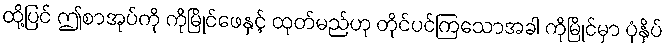
ထို့ပြင် ဤစာအုပ်ကို ကိုမြိုင်ဖေနှင့် ထုတ်မည်ဟု တိုင်ပင်ကြသောအခါ ကိုမြိုင်မှာ ပုံနှိပ်